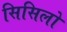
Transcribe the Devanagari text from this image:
सिसिलो